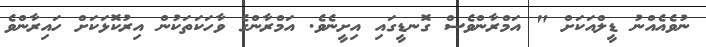
ނުވެއެއްނު ޑީލްއަކަށް " އަމްރާންވެސް ގޮނޑީގައި އިށީނެވެ. އަމްރާންގެ ވާހަކަތަކުން އިރުކޮޅަކަށް ހައިރާންވެ